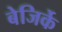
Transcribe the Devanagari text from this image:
बेजिर्के